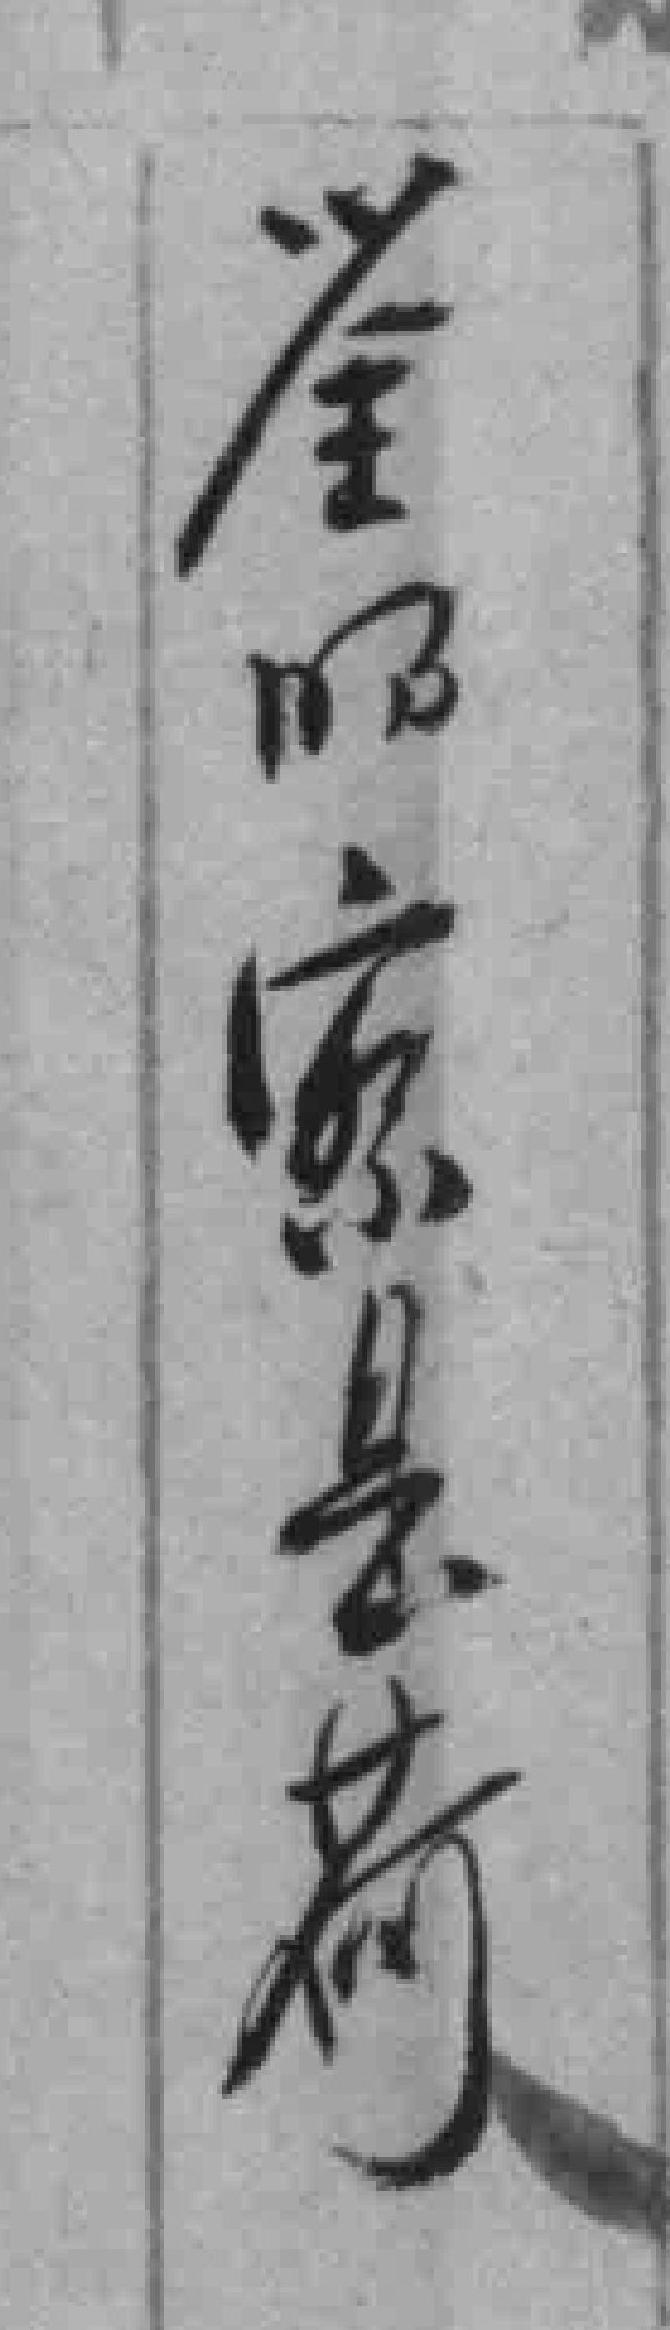
全明察是*